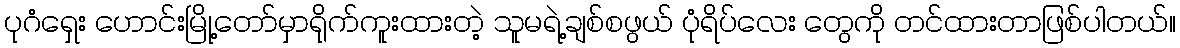
ပုဂံရှေး ဟောင်းမြို့တော်မှာရိုက်ကူးထားတဲ့ သူမရဲ့ချစ်စဖွယ် ပုံရိပ်လေး တွေကို တင်ထားတာဖြစ်ပါတယ်။